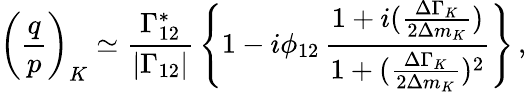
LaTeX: \bigg({\frac{q}{p}}\bigg)_{K}\simeq{\frac{\Gamma_{12}^{*}}{|\Gamma_{12}|}}\, \Bigg\{ 1-i\phi_{12}\, {\frac{1+i({\frac{\Delta\Gamma_{K}}{2\Delta m_{K}}})}{1+({\frac{\Delta\Gamma_{K}}{2\Delta m_{K}}})^{2}}}\Bigg\} \, ,